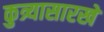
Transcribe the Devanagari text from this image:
कुत्र्यासारखे